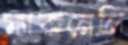
ম্যাকনেলি